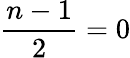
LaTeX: \frac{n-1}{2}=0